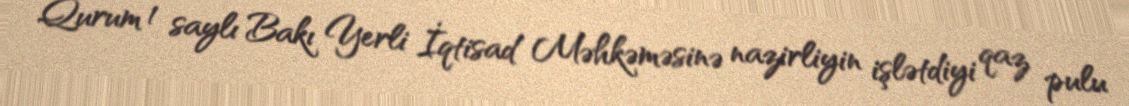
Qurum 1 saylı Bakı Yerli İqtisad Məhkəməsinə nazirliyin işlətdiyi qaz pulu